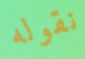
نقوله